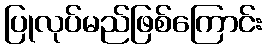
ပြုလုပ်မည်ဖြစ်ကြောင်း